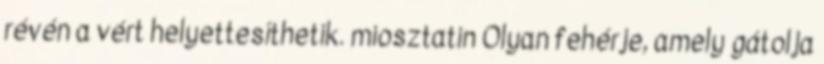
révén a vért helyettesíthetik. miosztatin Olyan fehérje, amely gátolja